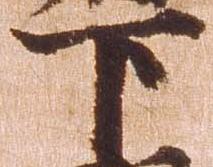
下